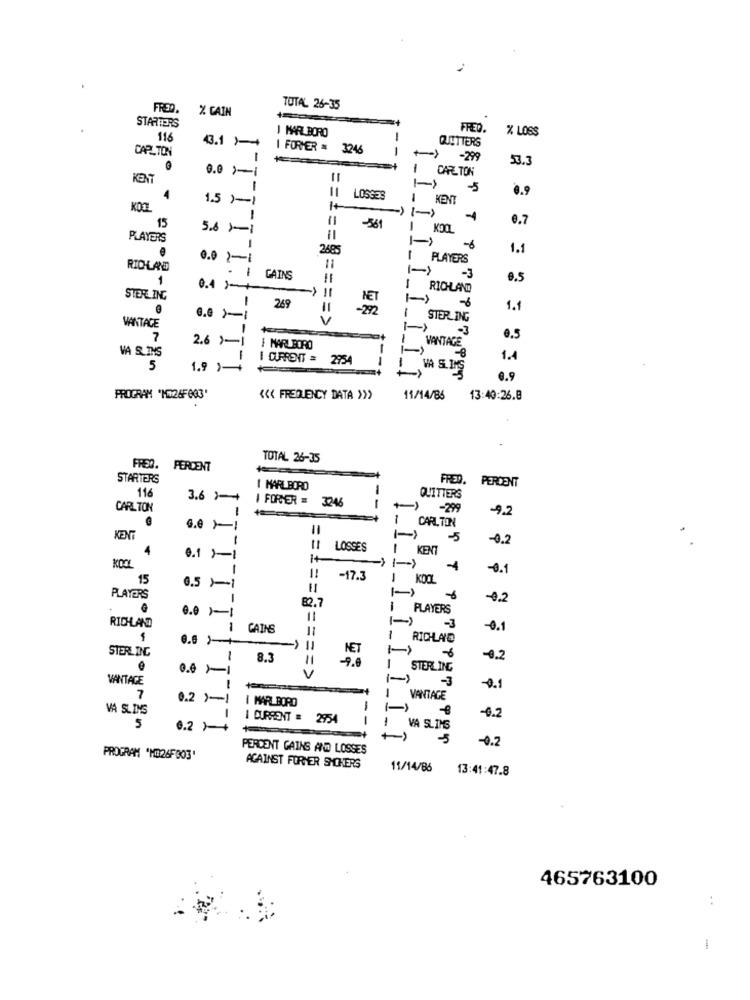
FRED.
% CAIN
TOTAL 26-35
STARTERS
J MARLBORO
FRED.
% LOSS
116
QUETTERS
CARLTON
43.1 )++
I FORMER = 3246
--
-299
53.3
0.0 1-1
1 CARTON
1-
-5
8.9
4
1.5 1-1
LOSGES
I KENT
15
1
6.7
5.6 -1
-361
! KOOL
T
PLAYERS
1
1.1
0.0 2-1
PLAYERS
RIOLAD
.1
= ======
1
FAINS
-3
0.5
0.4 )-+
RICHLAND
STERLING
249
11
6
1.1
V
I STERLING
VANTAGE
- 3
7
2.6 )-1
VANTAGE
0.5
VA SLIHS
MARLBORO
1
I CURRENT = 2954
1.4
5
1.9 )-+
WA S.15
0.9
PROGRAM "K026F003'
<<< FREQUENCY DATA >>>
11/14/85
13:40:26.8
TOTAL 26-35
FREQ. PERCENT
STARTERS
FRED. PERDENT
I MARLBORO
116
3.6 1
QUITTERS
CARLTON
| FORMER = 3246
-299
-9.2
G.0 11
CARLTON
KENT
-5
-0.2
4
LOSSES
I KENT
0.1 1-1
1+
8
-0.1
15
-17.3
1
KOOL
0.5 -1
PLAYERS
82.7
-0.2
0.0 )-1
PLAYERS
1-)
RICHLAND
CAINS
-3
-0.1
1 RICHLAND
STERLING
NET
1
8.3
7.0
-0.2
0.011
STERLING
VANTAGE
=== >
1-
-3
-0.1
7
0.2 ) -!
I MARLBORO
VANTAGE
VA SLIMS
(-)
-0.2
I CURRENT = 2954
5
0.2 )-+
VA SLIMS
-0.2
PERCENT GAINS AND LOSSES
PROGRAM "MB26F303'
AGAINST FORHER SHOKERS
11/14/86
13:41:47.8
465763100
: